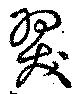
翇